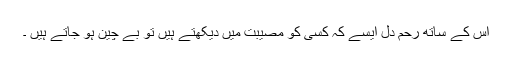
اس کے ساتھ رحم دل ایسے کہ کسی کو مصیبت میں دیکھتے ہیں تو بے چین ہو جاتے ہیں ۔